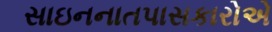
સાઇનનાતપાસકારોએ